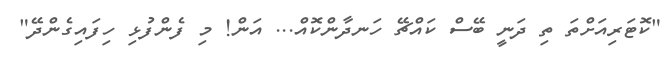
"ކޮޓަރިއަށްތަ ތި ދަނީ ބޭސް ކައްޗޭ ހަނދާންކޮއް... އަން! މި ފެންފުޅި ހިފައިގެންދޭ"